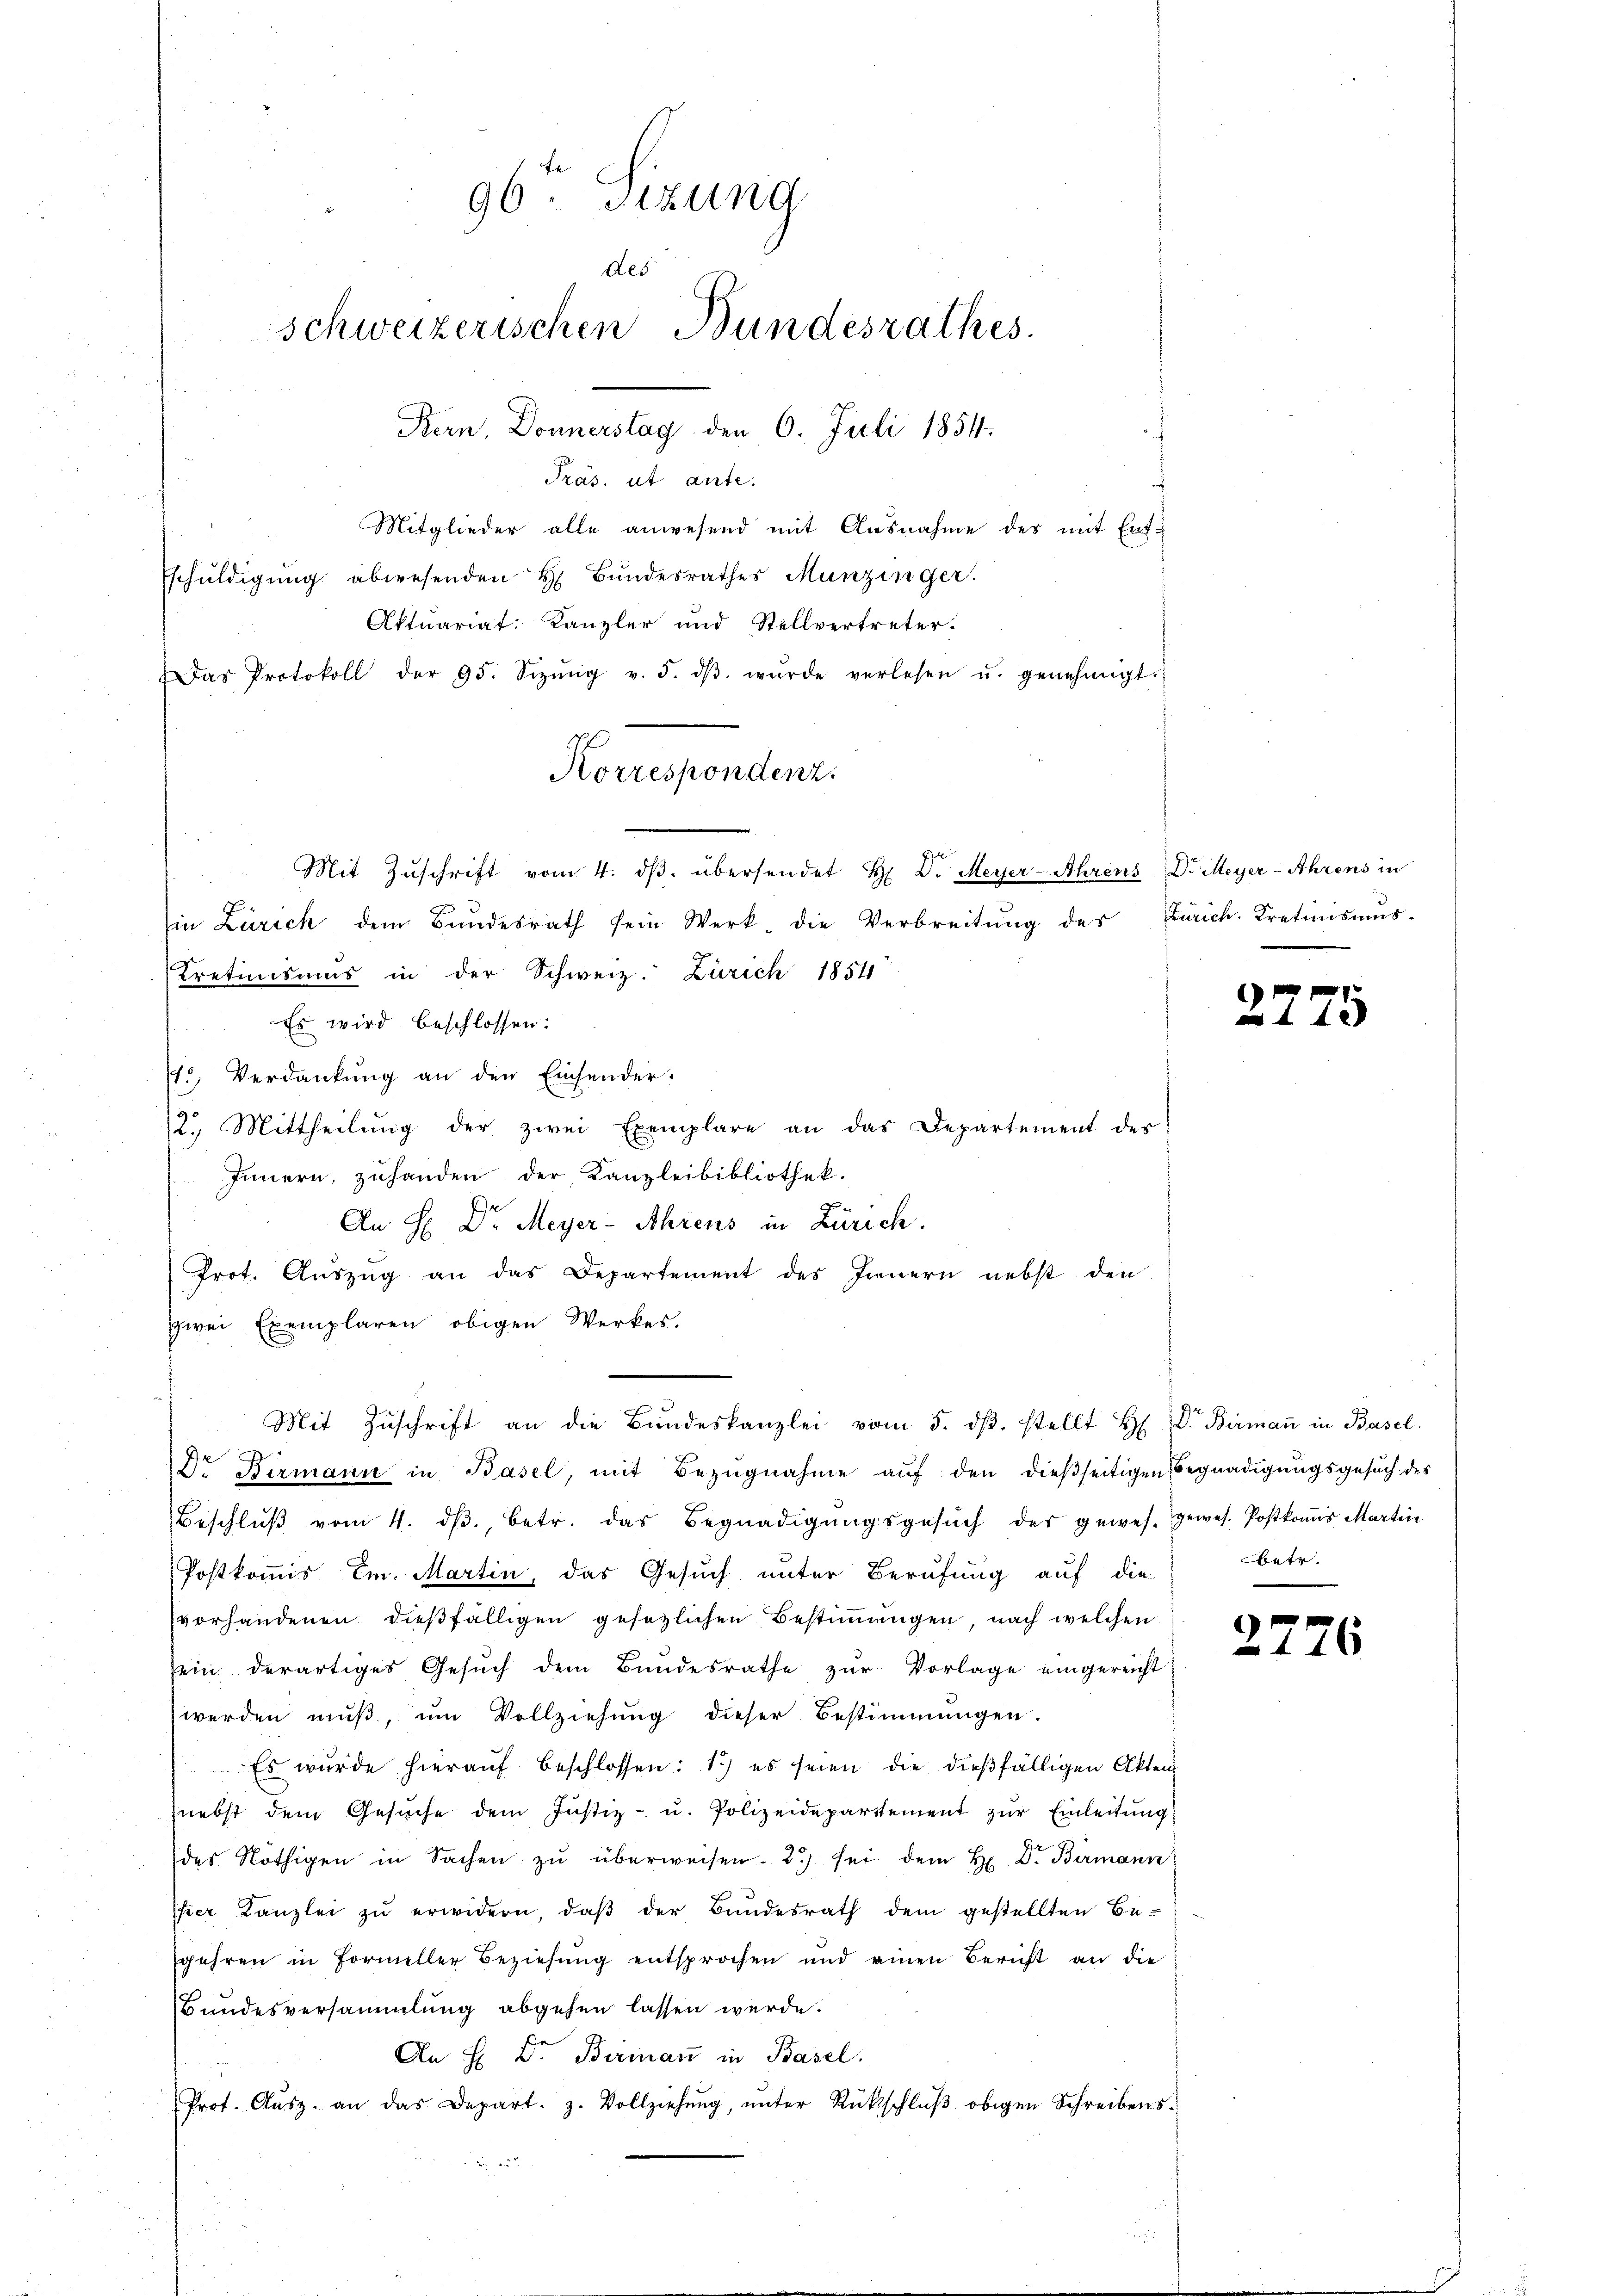
Präs. ut ante.
Mitglieder alle anwesend mit Ausnahme des mit Ent¬
Eschŭldigung abwesenden H. Bŭndesrathes Munzinger.
Aktuariat Kanzler und Stellvertreter.
Das Protokoll der 95. Sizŭng v. 5. dβ wŭrde verlesen u. genehmigt.
Mit Zŭschrift vom 4. dβ. übersendet H. D. Meyer-Ahrens Dr Meyer-Ahrens in
Ein Zürich dem Bundesrath sein Werk, die Verbreitŭng des
Kretinismus in der Schweiz. Zürich 1854
Es wird beschlossen:
15, Verdankung an den Einsender-
2. Mittheilŭng der zwei Exemplare an das Departement des
Innern, zuhanden der Kanzleibibliothek.
F
An H: Dr. Meyer-Ahrens in Zürich.
Prot. Auszug an das Departement des Innern nebst den
schwei Exemplaren obigen Werkes.
Mit Zŭschrift an die Bŭndeskanzlei vom 5. dβ. stellt H. F. Birmaṅ in Basel
Dr Birmann in Basel, mit Bezŭgnahme aŭf den dießseitigen Begnadigŭngsgesŭch des
Beschlŭβ vom 4. dβ, betr. das Begnadigŭngsgesŭch der gewes. gewes. Postkoṁis Martin
Postkommis, Em. Martin, das Gesuch unter Berufung auf die
vorhandenen dießfälligen gesezlichen Bestimmungen, nach welchen
sein derartiges Gesŭch dem Bundesrathe zŭr Vorlage eingereicht
werden muß, um Vollziehung dieser Bestimmungen.
Es wurde hieraŭf beschlossen: 1.) es seien die dießfälligen Akten
nebst dem Gesŭche dem Justiz- u. Polizeidepartement zŭr Einleitung
des Nöthigen in Sachen zŭ überweisen. 2) sei dem H. Dr. Birmann
hier Kanzlei zŭ erwidern, daβ der Bundesrath dem gestellten Be-
gehren in Formeller Beziehung entsprochen und einen Bericht an die
Bundesversammlung abgehen lassen werde.
An H Dr. Berman in Basel.
Prof. Aŭsz. an das Depart. z. Vollziehŭng ŭnter Rückschlŭβ obigen Schreibens¬

96ten Sizung
des
schweizerischen Bundesrathes
Bern, Donnerstag den 6. Juli 1854.

Korrespondenz.

Zürich. Kretinsums

2775

übetr.

2776